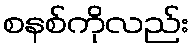
စနစ်ကိုလည်း